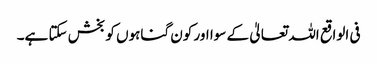
فی الواقع اللہ تعالیٰ کے سوا اور کون گناہوں کو بخش سکتا ہے۔